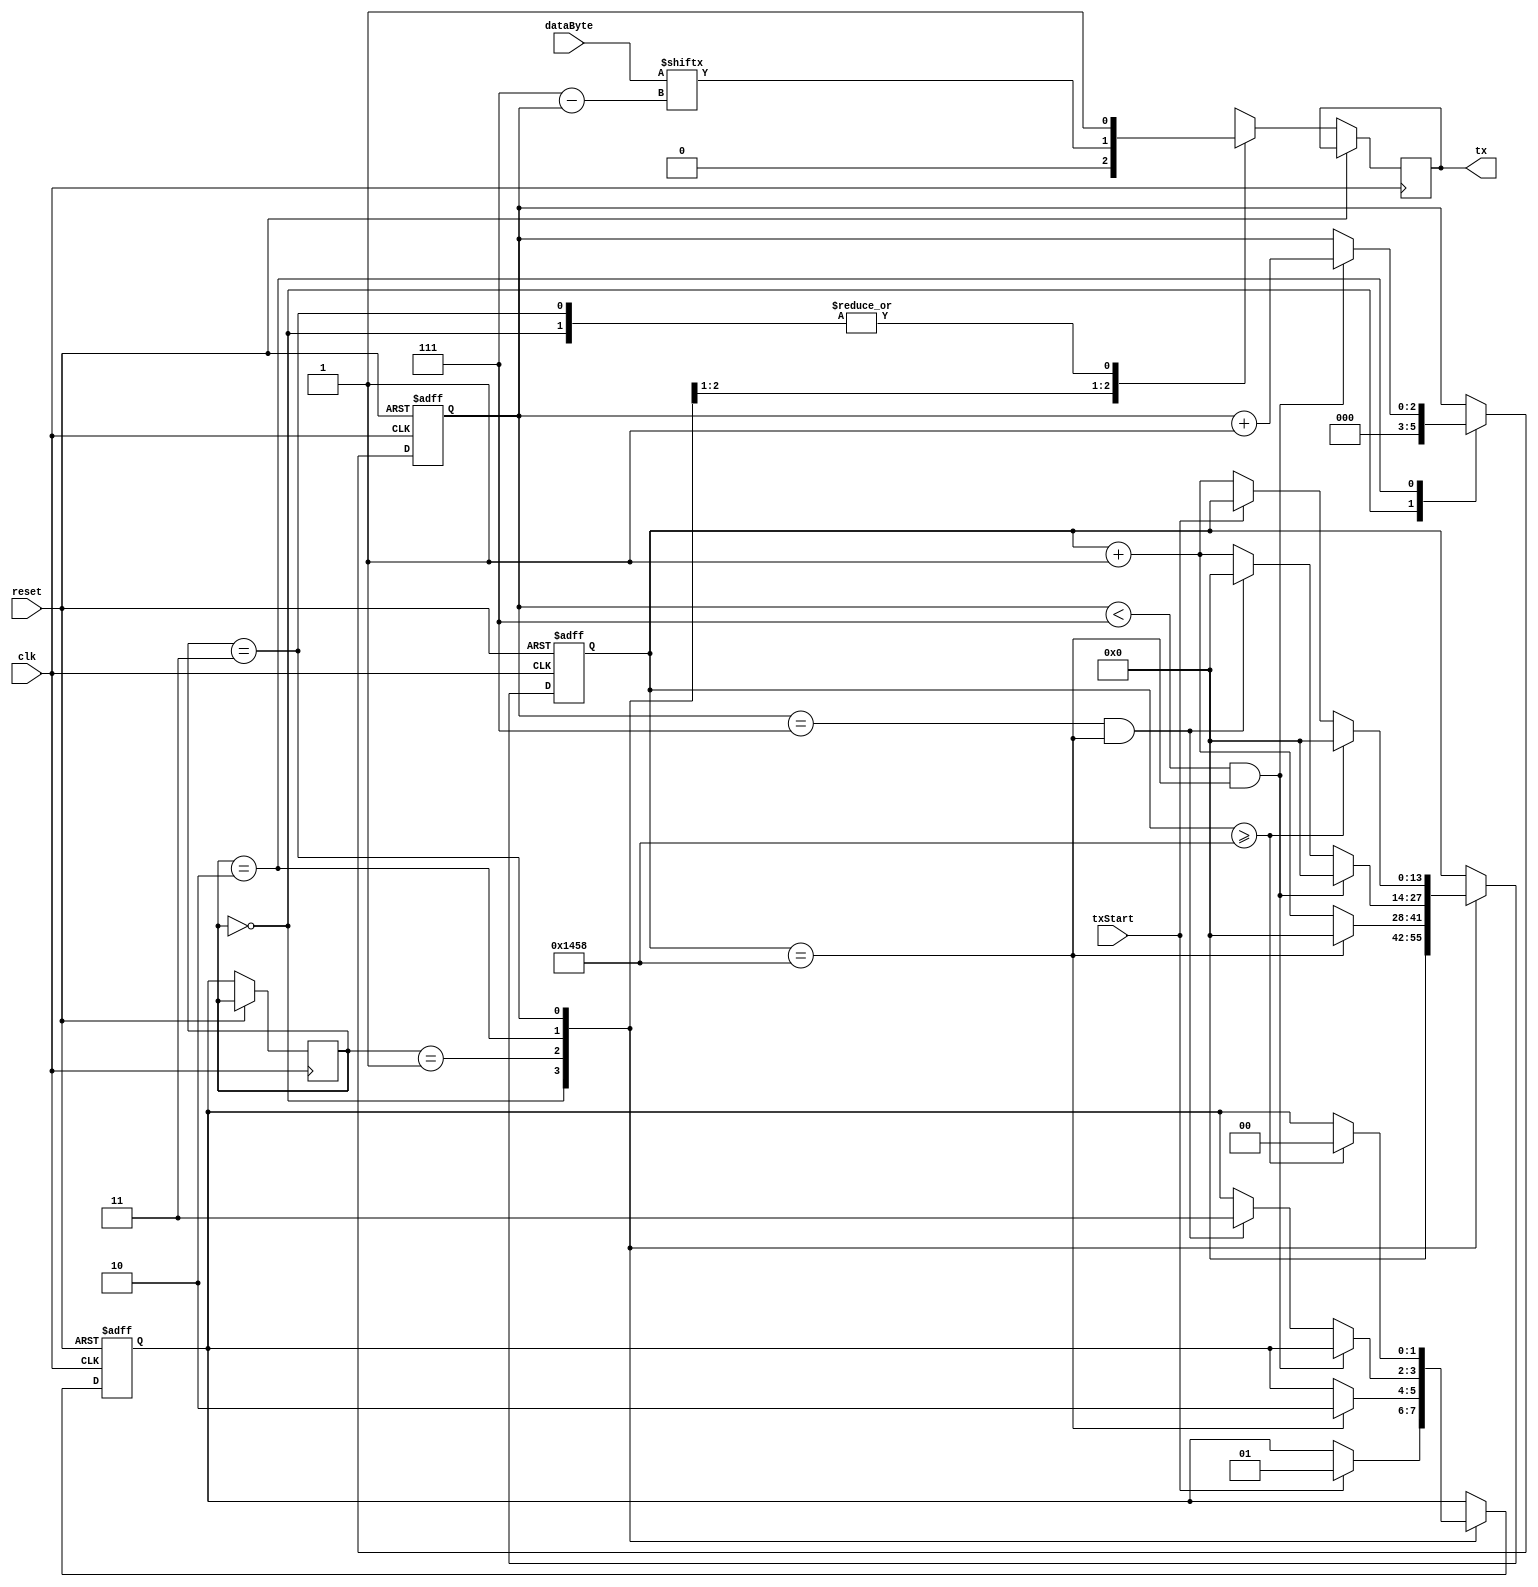
module Tx(input wire clk, input wire reset, input wire [0:7]dataByte, input wire txStart, output reg tx);
	reg [0:13]counter = 0; //9600 Baud @ 50Mhz
	localparam MAX_TICK = 5208;

	reg [0:2]bitPos = 0;

	reg [1:0]state = 0;
	reg [1:0]nextState = 0;

	localparam [1:0]
		IDLE = 2'b00,
		START = 2'b01,
		DATA = 2'b10,
		STOP = 2'b11;

	always @(posedge clk, posedge reset)
	begin
		if(reset)
		begin
			counter <= 0;
			bitPos <= 0;
			nextState <= IDLE;
		end

		else
		begin
			state <= nextState;

			//state logic
			case(state)
				IDLE:
				begin
					tx <= 1'b1;
					bitPos <= 0;
					counter <= 0;
					
					if(txStart)
						nextState <= START;
				end

				START:
				begin
					tx <= 1'b0;
					
					counter <= counter + 1;
					
					if(counter == MAX_TICK)
					begin
						nextState <= DATA;
						counter <= 0;
					end
				end
				
				DATA:
				begin
					tx <= dataByte[bitPos];
					counter <= counter + 1;
					
					if(bitPos < 7 && counter == MAX_TICK)
					begin
						bitPos <= bitPos + 1;
						counter <= 0;
					end
					
					else if(bitPos == 7 && counter == MAX_TICK)
					begin
						nextState <= STOP;
						counter <= 0;
					end
				end

				STOP:
				begin
					tx <= 1'b1;
					
					if(txStart == 0)
						counter <= counter + 1;
						
					if(counter >= MAX_TICK)
					begin
						counter <= 0;
						nextState <= IDLE;
					end
				end
			endcase
		end
	end
endmodule